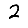
Digit: 2